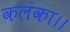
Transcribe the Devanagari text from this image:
कलंका।।